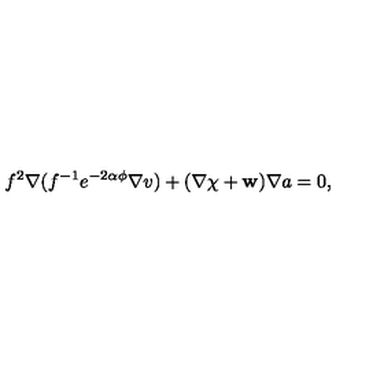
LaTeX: f ^ { 2 } \nabla ( f ^ { - 1 } e ^ { - 2 \alpha \phi } \nabla v ) + ( \nabla \chi + { \bf w } ) \nabla a = 0 ,